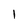
Character: l